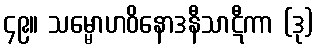
၄၉။ သမ္မောဟဝိနောဒနီသာဋီကာ (ဒု)